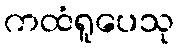
ကထံရူပေသု